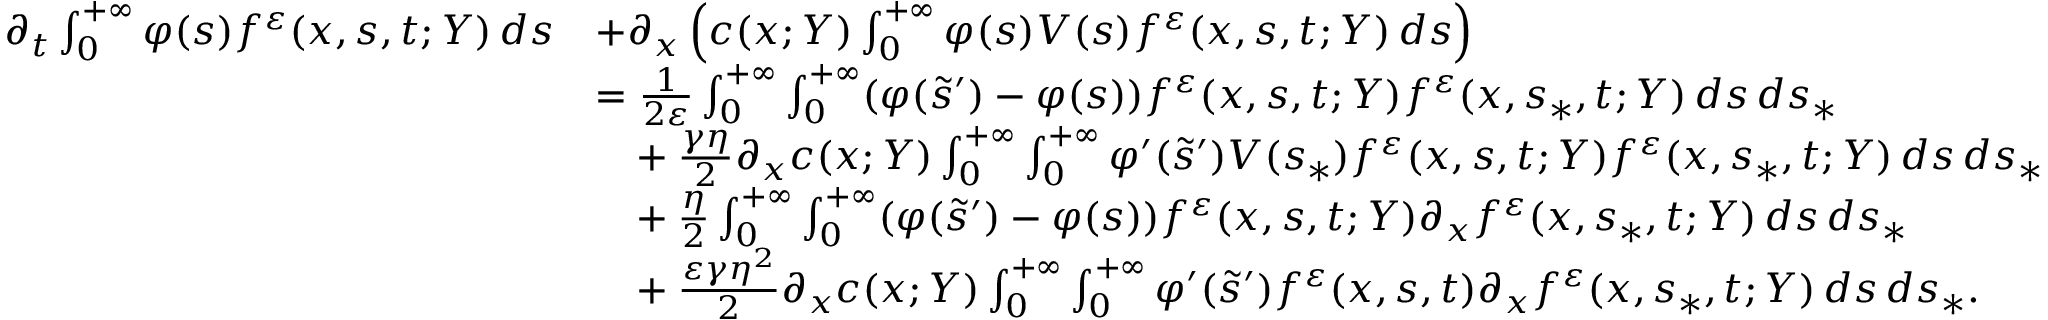
\begin{array} { r l } { \partial _ { t } \int _ { 0 } ^ { + \infty } \varphi ( s ) f ^ { \varepsilon } ( x , s , t ; Y ) \, d s } & { + \partial _ { x } \left( c ( x ; Y ) \int _ { 0 } ^ { + \infty } \varphi ( s ) V ( s ) f ^ { \varepsilon } ( x , s , t ; Y ) \, d s \right) } \\ & { = \frac { 1 } { 2 \varepsilon } \int _ { 0 } ^ { + \infty } \int _ { 0 } ^ { + \infty } ( \varphi ( \tilde { s } ^ { \prime } ) - \varphi ( s ) ) f ^ { \varepsilon } ( x , s , t ; Y ) f ^ { \varepsilon } ( x , s _ { \ast } , t ; Y ) \, d s \, d s _ { \ast } } \\ & { \phantom { = } + \frac { \gamma \eta } { 2 } \partial _ { x } c ( x ; Y ) \int _ { 0 } ^ { + \infty } \int _ { 0 } ^ { + \infty } \varphi ^ { \prime } ( \tilde { s } ^ { \prime } ) V ( s _ { \ast } ) f ^ { \varepsilon } ( x , s , t ; Y ) f ^ { \varepsilon } ( x , s _ { \ast } , t ; Y ) \, d s \, d s _ { \ast } } \\ & { \phantom { = } + \frac { \eta } { 2 } \int _ { 0 } ^ { + \infty } \int _ { 0 } ^ { + \infty } ( \varphi ( \tilde { s } ^ { \prime } ) - \varphi ( s ) ) f ^ { \varepsilon } ( x , s , t ; Y ) \partial _ { x } f ^ { \varepsilon } ( x , s _ { \ast } , t ; Y ) \, d s \, d s _ { \ast } } \\ & { \phantom { = } + \frac { \varepsilon \gamma \eta ^ { 2 } } { 2 } \partial _ { x } c ( x ; Y ) \int _ { 0 } ^ { + \infty } \int _ { 0 } ^ { + \infty } \varphi ^ { \prime } ( \tilde { s } ^ { \prime } ) f ^ { \varepsilon } ( x , s , t ) \partial _ { x } f ^ { \varepsilon } ( x , s _ { \ast } , t ; Y ) \, d s \, d s _ { \ast } . } \end{array}